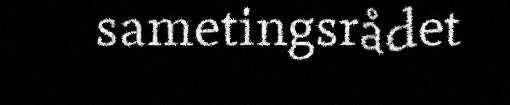
sametingsrådet